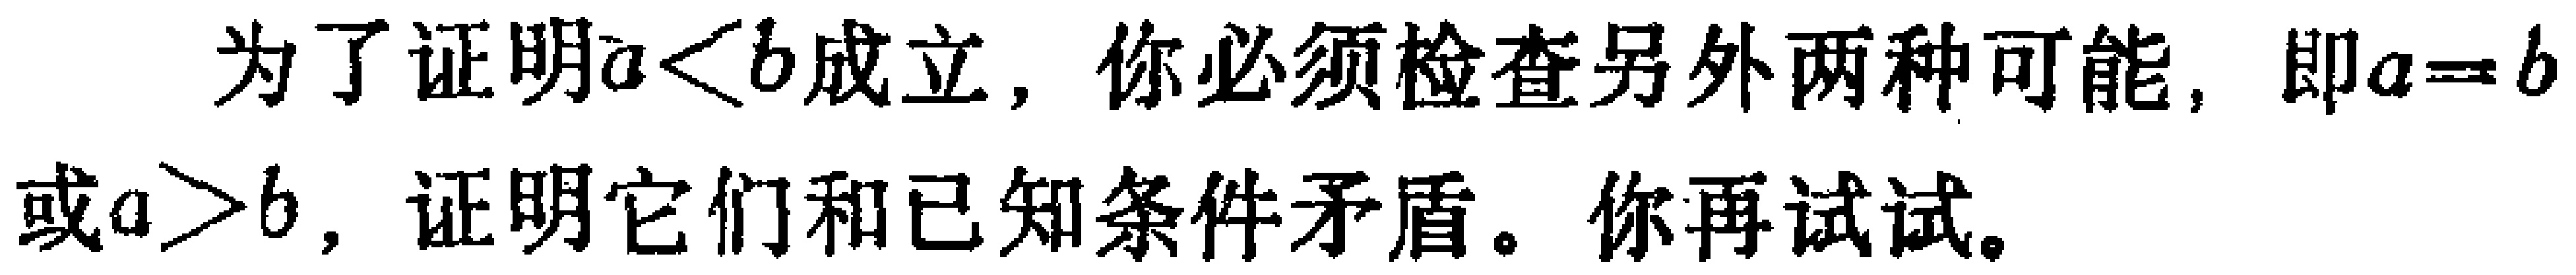
为了证明\(a < b\)成立，你必须检查另外两种可能，即\(a = b\)或\(a > b\)，证明它们和已知条件矛盾。你再试试。